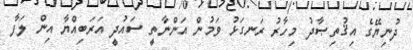
ދުނިޔޭގެ އިޤުތިޞާދު މިހާރު ރަނގަޅު ވަމުން އަންނާތީ ސައުދީ އަރަބިއްޔާ އިން ލަފާ